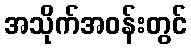
အသိုက်အဝန်းတွင်